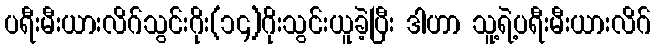
ပရီးမီးယားလိဂ်သွင်းဂိုး(၁၄)ဂိုးသွင်းယူခဲ့ပြီး ဒါဟာ သူ့ရဲ့ပရီးမီးယားလိဂ်